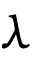
\boldsymbol { \lambda }